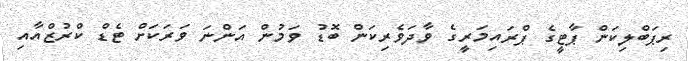
ރިޕަބްލިކަން ޕާޓީގެ ޕްރައިމަރީގެ ވާދަވެރިކަން ބޮޑު ވަމުން އަންނަ ވަރަކަށް ޓެޑް ކްރުޒްއާއި